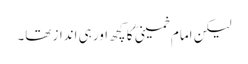
لیکن امام خمینی ؒ کا کچھ اور ہی انداز تھا۔